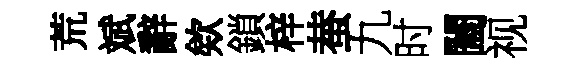
荒斌辭欸鎖梓蛬九时闔视